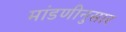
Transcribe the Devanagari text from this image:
मांडणीनुसार